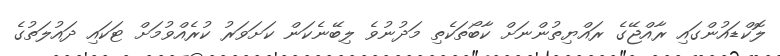
ލޮކްޑައުންގައި ރާއްޖޭގެ ރައްޔިތުންނަށް ކާބޯތަކެތި މަދުނުވެ ލިބޭނެކަން ކަށަވަރު ކުރެއްވުމަށް ޓަކައި ދައުލަތުގެ